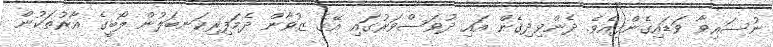
ނުސައިވާ ވަޑައިގެންފިއެވެ. ދެންވިދިގެން އައި ދުވަސްވަރުގައި އޭގެ ޒުވާން ދެމަފިރިކަނބަލުން ލޯބީގެ އާރުތަކުން